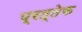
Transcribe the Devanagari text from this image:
प्रत्तेक